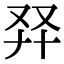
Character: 𠬺